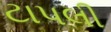
ટાપલી